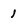
Character: I